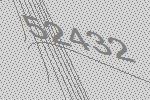
52432